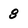
Character: 8